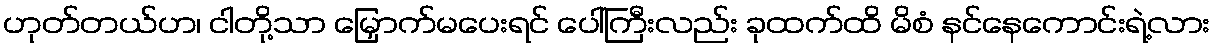
ဟုတ်တယ်ဟ၊ ငါတို့သာ မြှောက်မပေးရင် ပေါ်ကြီးလည်း ခုထက်ထိ မိစံ နင်နေကောင်းရဲ့လား